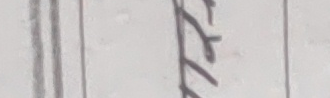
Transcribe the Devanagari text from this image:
त्र